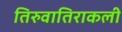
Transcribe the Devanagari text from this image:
तिरुवातिराकली